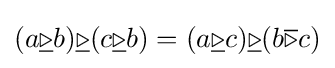
(a{\underline {\triangleright }}b){\underline {\triangleright }}(c{\underline {\triangleright }}b)=(a{\underline {\triangleright }}c){\underline {\triangleright }}(b{\overline {\triangleright }}c)